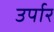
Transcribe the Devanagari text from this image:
उर्पार